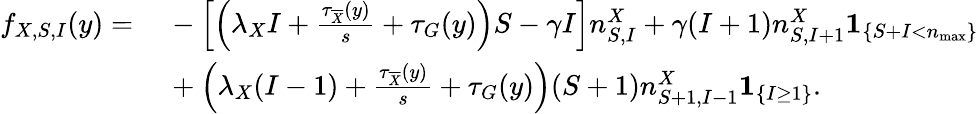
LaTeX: \begin{array}{rl}{f_{X,S,I}(y)=\, }&{{}-\left[\left(\lambda_{X}I+\frac{\tau_{\overline{{X}}}(y)}{s}+\tau_{G}(y)\right)S-\gamma I\right]n_{S,I}^{X}+\gamma(I+1)n_{S,I+1}^{X}\mathbf{1}_{\left\{ S+I<n_{\operatorname*{max}}\right\} }}\\ {\, }&{{}+\left(\lambda_{X}(I-1)+\frac{\tau_{\overline{{X}}}(y)}{s}+\tau_{G}(y)\right)(S+1)n_{S+1,I-1}^{X}\mathbf{1}_{\left\{ I\geq 1\right\} }.}\end{array}